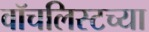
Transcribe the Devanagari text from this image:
वॉचलिस्टच्या